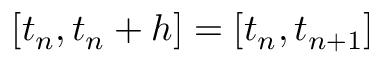
[ t _ { n } , t _ { n } + h ] = [ t _ { n } , t _ { n + 1 } ]